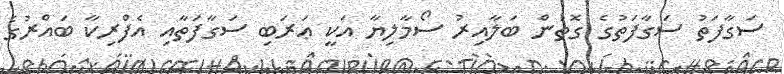
ސަގާފަތު ސަގާފަތުގެ ގޮތުން ބަލާއިރު ސޯމާލިޔާ އަކީ ޢަރަބި ސަގާފަތާއި އެފްރިކާ ބައްރުގެ